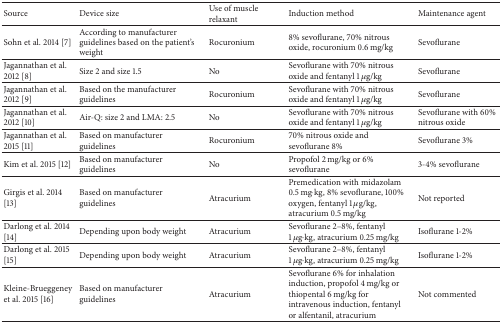
<table><thead><tr><td><b>Source</b></td><td><b>Device size</b></td><td><b>Use of muscle relaxant</b></td><td><b>Induction method</b></td><td><b>Maintenance agent</b></td></tr></thead><tbody><tr><td>Sohn et al. 2014 [7]</td><td>According to manufacturer guidelines based on the patient&#x27;s weight</td><td>Rocuronium</td><td>8% sevoflurane, 70% nitrous oxide, rocuronium 0.6 mg/kg</td><td>Sevoflurane</td></tr><tr><td>Jagannathan et al. 2012 [8]</td><td>Size 2 and size 1.5 </td><td>No</td><td>Sevoflurane with 70% nitrous oxide and fentanyl 1 <i>μ</i>g/kg</td><td>Sevoflurane</td></tr><tr><td>Jagannathan et al. 2012 [9] </td><td>Based on the manufacturer guidelines</td><td>Rocuronium</td><td>Sevoflurane with 70% nitrous oxide and fentanyl 1 <i>μ</i>g/kg</td><td>Sevoflurane</td></tr><tr><td>Jagannathan et al. 2012 [10] </td><td>Air-Q: size 2 and LMA: 2.5</td><td>No</td><td>Sevoflurane with 70% nitrous oxide and fentanyl 1 <i>μ</i>g/kg</td><td>Sevoflurane with 60% nitrous oxide</td></tr><tr><td>Jagannathan et al. 2015 [11] </td><td>Based on manufacturer guidelines</td><td>Rocuronium</td><td>70% nitrous oxide and sevoflurane 8%</td><td>Sevoflurane 3%</td></tr><tr><td>Kim et al. 2015 [12] </td><td>Based on manufacturer guidelines</td><td>No</td><td>Propofol 2 mg/kg or 6% sevoflurane</td><td>3-4% sevoflurane</td></tr><tr><td>Girgis et al. 2014 [13] </td><td>Based on manufacturer guidelines</td><td>Atracurium</td><td>Premedication with midazolam 0.5 mg·kg, 8% sevoflurane, 100% oxygen, fentanyl 1 <i>μ</i>g/kg, atracurium 0.5 mg/kg</td><td>Not reported</td></tr><tr><td>Darlong et al. 2014 [14]</td><td>Depending upon body weight</td><td>Atracurium</td><td>Sevoflurane 2–8%, fentanyl 1 <i>μ</i>g·kg, atracurium 0.25 mg/kg</td><td>Isoflurane 1-2%</td></tr><tr><td>Darlong et al. 2015 [15]</td><td>Depending upon body weight</td><td>Atracurium</td><td>Sevoflurane 2–8%, fentanyl 1 <i>μ</i>g·kg, atracurium 0.25 mg/kg</td><td>Isoflurane 1-2%</td></tr><tr><td>Kleine-Brueggeney et al. 2015 [16]</td><td>Based on manufacturer guidelines</td><td>Atracurium</td><td>Sevoflurane 6% for inhalation induction, propofol 4 mg/kg or thiopental 6 mg/kg for intravenous induction, fentanyl or alfentanil, atracurium</td><td>Not commented</td></tr></tbody></table>